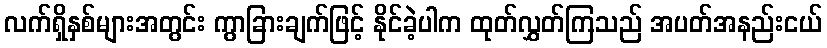
လက်ရှိနှစ်များအတွင်း ကွာခြားချက်ဖြင့် နိုင်ခဲ့ပါက ထုတ်လွှတ်ကြသည် အပတ်အနည်းငယ်